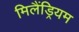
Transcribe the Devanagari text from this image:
मिलैंड्रियम